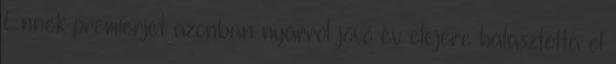
Ennek premierjét azonban nyárról jövő év elejére halasztotta el